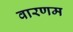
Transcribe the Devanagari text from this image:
वारणम